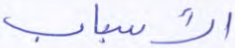
الأسباب